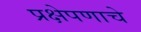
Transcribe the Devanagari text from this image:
प्रक्षेपणाचे